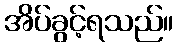
အိပ်ခွင့်ရသည်။